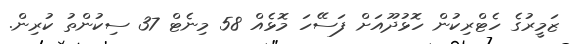
ޒަމީރުގެ ހެޓްރިކުން ހޮޅުދޫއަށް ފަސޭހަ މޮޅެއް 58 މިނެޓް 37 ސިކުންތު ކުރިން.